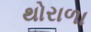
થોરાળા